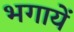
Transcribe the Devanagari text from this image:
भगायें